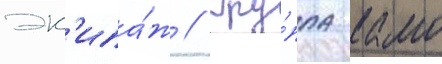
эк'ипа́ж // Гру́ппа камо